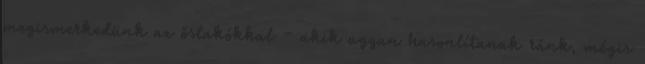
megismerkedünk az őslakókkal – akik ugyan hasonlítanak ránk, mégis